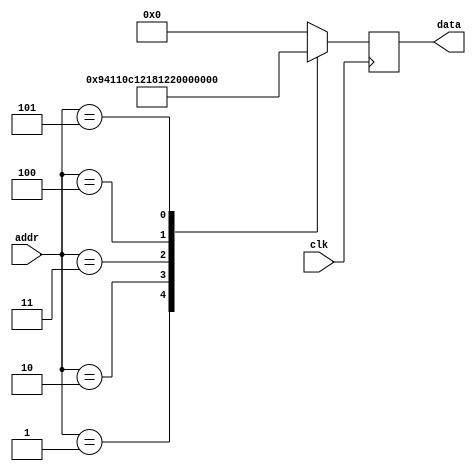
module rom #(
        parameter   DATA_WIDTH = 16,
        parameter   ADDR_WIDTH = 8          // 2 * 1024 bytes of ROM
    )(
        input  wire                  clk,
        input  wire [ADDR_WIDTH-1:0] addr,  // here comes the program counter
        output  reg [DATA_WIDTH-1:0] data   // here goes the instruction
    );

    reg [DATA_WIDTH-1:0] value;

    always @* begin
        case (addr)
				/*	 nop 	 		*/
				0:		value = 16'b0000000000000000;
				/*	 neg 	r1 		*/
				1:		value = 16'b1001010000010001;
				/*	 add 	r1, r2 		*/
				2:		value = 16'b0000110000010010;
				/*	 sub 	r1, r2 		*/
				3:		value = 16'b0001100000010010;
				/*	 and 	r1, r2 		*/
				4:		value = 16'b0010000000010010;
				/*	 or 	r1, r2 		*/
				5:		value = 16'b0010100000010010;
				default:		value = 16'b0000000000000000;
        endcase
    end

    always @(negedge clk) begin
        data <= value;
    end
endmodule